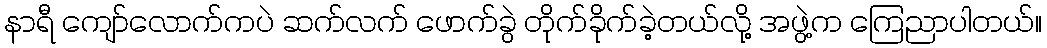
နာရီ ကျော်လောက်ကပဲ ဆက်လက် ဖောက်ခွဲ တိုက်ခိုက်ခဲ့တယ်လို့ အဖွဲ့က ကြေညာပါတယ်။